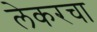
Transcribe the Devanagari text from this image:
लेकरचा